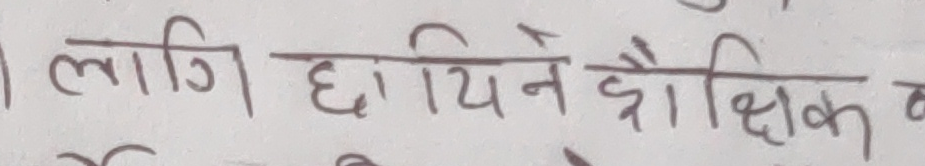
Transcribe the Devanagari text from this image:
लागि छापिने शैक्षिक